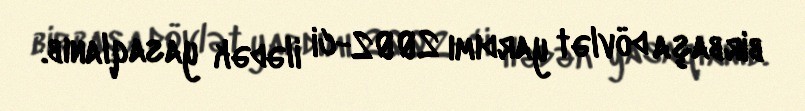
birbaşa dövlət yardımı 2002-ci ilədək yasaqlanıb.